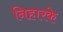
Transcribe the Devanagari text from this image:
निहारके